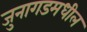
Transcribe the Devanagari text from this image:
जुनागडमधील